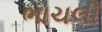
ભાચલી